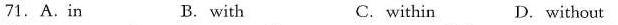
71. A.In B. with C.within D.Without